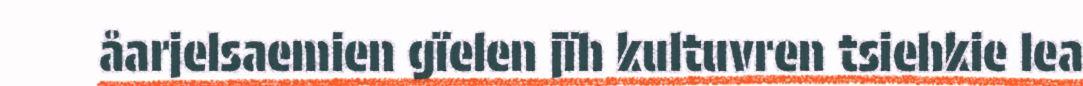
åarjelsaemien gïelen jïh kultuvren tsiehkie lea